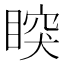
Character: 𥈳